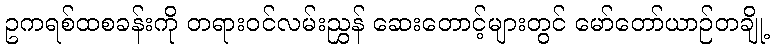
ဥကရစ်ထစခန်းကို တရားဝင်လမ်းညွှန် ဆေးတောင့်များတွင် မော်တော်ယာဉ်တချို့